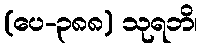
(ပေ-၃၈၈) သုရဘိ၊